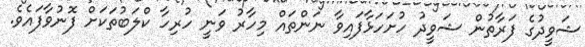
ޝަވީދުގެ ފަރާތުން ޝަވީދު ހުށަހަޅާފައިވާ ނަންތައް މިހާރު ވަނީ ހުރިހާ ކްލަބުތަކަށް ފޮނުވާފައެވެ.